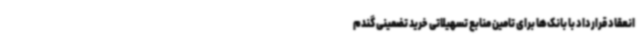
انعقاد قرارداد با بانک‌ها برای تامین منابع تسهیلاتی خرید تضمینی گندم